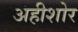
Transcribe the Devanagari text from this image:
अहीशोर